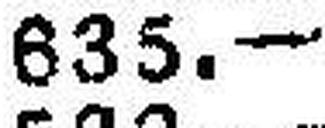
635.—